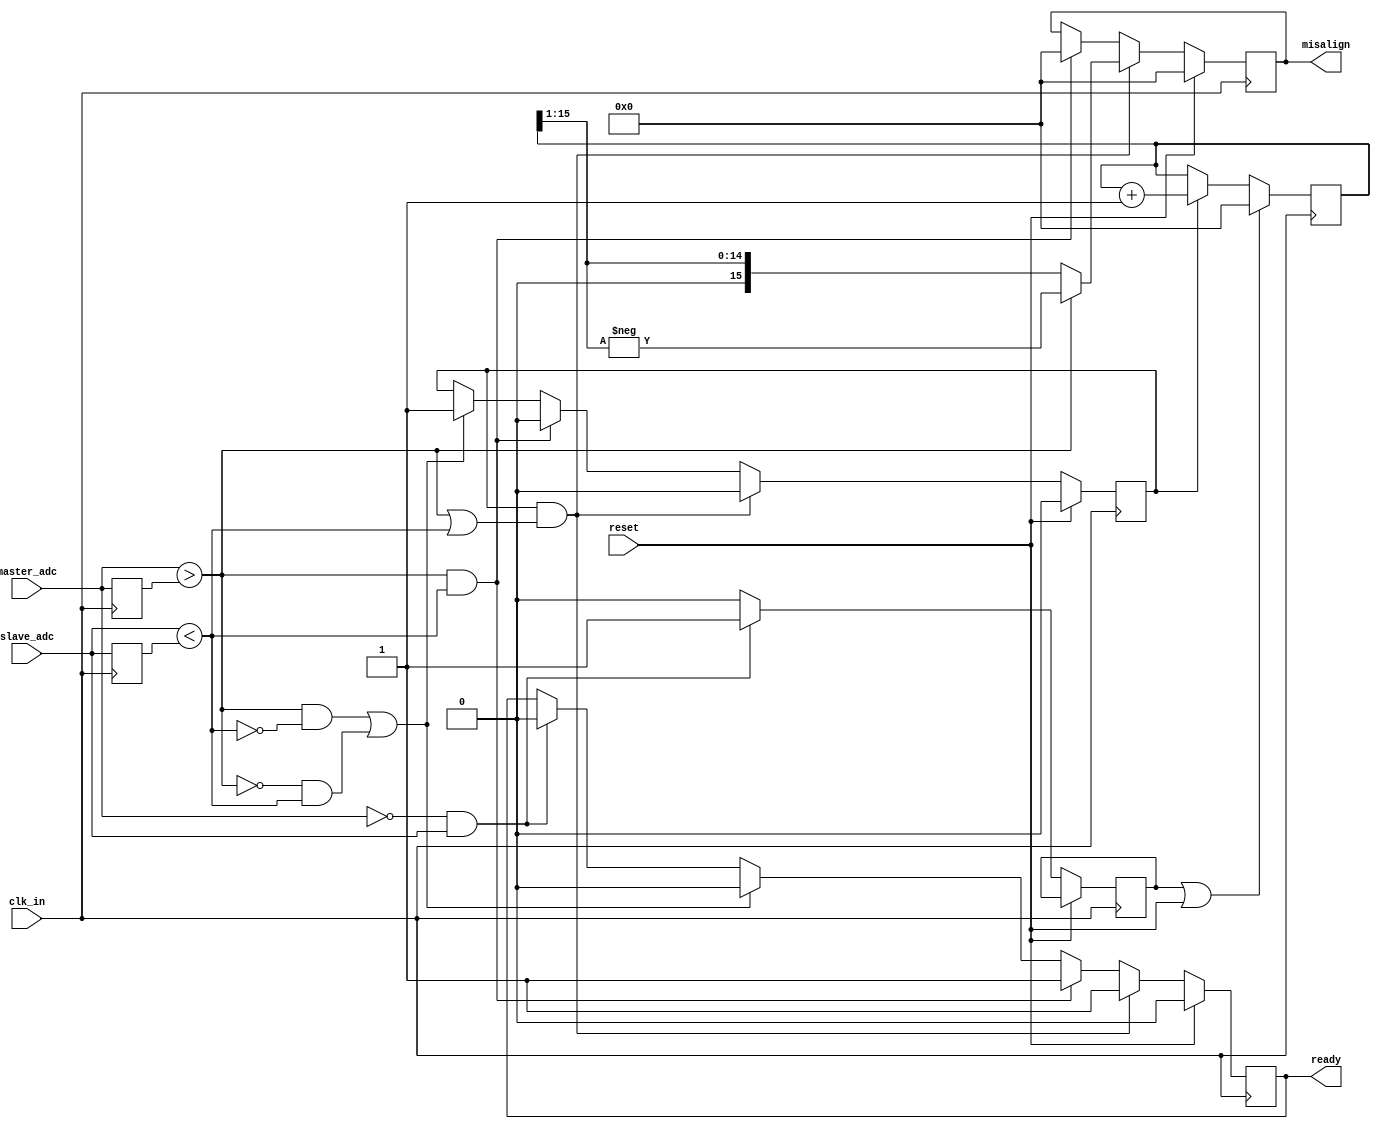
module control_unit(
 input wire clk_in,
 input wire reset,
 input wire master_adc,
 input wire slave_adc,
 output reg [15:0] misalign,
 output reg ready);

  reg [15:0] cnt;
  reg cnt_en, cnt_reset;
  reg master_adc_prev, slave_adc_prev;
  wire master_adc_r, slave_adc_f;
  assign master_adc_r = master_adc > master_adc_prev;
  assign slave_adc_f = slave_adc < slave_adc_prev;

  always @(posedge clk_in)
    begin
      master_adc_prev <= master_adc;
      slave_adc_prev <= slave_adc;
    end
  
  
  always @(posedge clk_in)
    begin
      if (reset)
        begin
          { ready, cnt_en } <= 2'b00;
          misalign <= 0;
        end 
      else 
        begin
          if ((master_adc == 1'b0) && (slave_adc == 1'b1))
          { ready, cnt_reset } <= 2'b01;
          else
            cnt_reset <= 1'b0;

          // Both are ON 
          if (master_adc_r && slave_adc_f)
            begin
              misalign <= 0;
              { ready, cnt_en } <= 2'b10;
            end
          else if ((master_adc_r && !slave_adc_f) || (!master_adc_r && slave_adc_f))
            begin
              { ready, cnt_en } <= 2'b01;
            end

          if ((cnt_en == 1'b1) && (master_adc_r || slave_adc_f))
            begin
              { ready, cnt_en } <= 2'b10;
              misalign <= master_adc_r ? (-(cnt>>1)) : (cnt>>1);
            end
        end
    end

  always @(posedge clk_in) /* counter */
    if ((cnt_reset) || (reset))
      cnt <= 0;
  else if (cnt_en)
    cnt <= cnt + 1;

endmodule



module slave_module(
  input wire rst_FSM,
  input wire pix_clk, 
  input wire end_adc, 
  inout wire feedback_master, 
  output reg rst_cam, 
  output reg sample_cam);
	  
  // delay variables 25ns for each pulse
  reg [5:0] delay_counter;
  parameter us1_delay = 6'd4; //40
  parameter us2_delay = 6'd8; //40
  
  // Control variables for module
  reg write;
  reg sample_eligible, sample_rcv;
  
  // Sample State var and params
  reg [1:0] sample_state;
  parameter wait_rst = 2'b00, send_sample = 2'b01, recv_adc = 2'b10;
  
  // Sample Integration var and params
  reg [1:0] integration_state;
  parameter send_rst = 2'b00, wait_8 = 2'b01, wait_high_sample = 2'b10, wait_low_sample = 2'b11;
  
  assign feedback_master = (write) ? 1'b0 : 1'bz;
  
  
  // Sample FSM
  always @ (posedge pix_clk)
    begin
      if (rst_FSM)
        begin
          $display("verytime");
          write <= 0;
          sample_eligible <= 0;
          sample_rcv <= 0;

          delay_counter <= 0;

          sample_state <= wait_rst;
          sample_cam <= 0;

          integration_state <= send_rst;
          rst_cam <= 0;
        end 
      else 
        begin
          case(sample_state)
            wait_rst:
              begin
                if (sample_eligible && end_adc)
                  begin
                    sample_state <= send_sample;
                    sample_eligible <= 0;
                    write <= 1;
                  end
              end
            send_sample:
              begin
                //             write <= 0;
                if (delay_counter==us1_delay)
                  begin
                    sample_state <= recv_adc;
                    delay_counter <= 6'd0;
                    sample_cam <= 0;
                    sample_rcv<=0;
                  end
                else if (write == 1)
                  write <= 0;
                else if (!feedback_master||sample_rcv)
                  begin
                    sample_cam <= 1;
                    delay_counter <= delay_counter + 1;
                    sample_rcv<=1;
                  end

              end
            recv_adc:
              begin
                if(!end_adc)
                  sample_state <= wait_rst;
              end
            default: sample_state <= wait_rst;
          endcase  
        end
    end
  
  
  // Rst FSM
  always @ (posedge pix_clk)
    begin
      if(!rst_FSM)
        begin
          case(integration_state)
            send_rst:
              begin
                if (delay_counter==us2_delay)
                  begin
                    integration_state <= wait_8;
                    delay_counter<= 6'd0;
                    rst_cam <= 0;
                  end
                else
                  begin
                    rst_cam <= 1;
                    delay_counter <= delay_counter + 1;
                  end
              end

            wait_8:
              begin
                if (delay_counter==8)
                  begin
                    integration_state <= wait_high_sample;
                    delay_counter <= 6'd0;
                    sample_eligible <= 1;
                  end
                else
                  begin
                    delay_counter <= delay_counter + 1;
                  end
              end

            wait_high_sample:
              begin
                if (sample_cam)
                  integration_state <= wait_low_sample;
              end
            wait_low_sample:
              begin
                if(!sample_cam)
                  begin
                    if (delay_counter==7)
                      begin
                        integration_state <= send_rst;
                        delay_counter <= 6'd0;
                      end
                    else
                      begin
                        delay_counter <= delay_counter + 1;
                      end
                  end
              end

            default: integration_state <= send_rst;
          endcase 
        end
    end
endmodule


module master_module(
  input wire rst_FSM,
  input wire pix_clk, 
  input wire end_adc, 
  input wire [7:0] mismatch_delay, 
  input wire ready, 
  inout wire control_slave, 
  output reg rst_cam, 
  output reg sample_cam,
  output reg rst_cu);
  
  // delay variables 25ns for each pulse
  reg [8:0] delay_counter;
  parameter us1_delay = 6'd4; //40
  parameter us2_delay = 6'd8; //40
  
  // Control variables for module
  reg write;
  reg sample_eligible;
  reg [7:0] align_delay;
  reg first_cycle;
  
  // Sample State var and params
  reg [1:0] sample_state;
  parameter wait_rst = 2'b00, send_sample = 2'b01, recv_adc = 2'b10;
  
  // Sample Integration var and params
  reg [1:0] integration_state;
  parameter send_rst = 2'b00, wait_8 = 2'b01, wait_high_sample = 2'b10, wait_low_sample = 2'b11;
  
  assign control_slave = (write) ? 1'b0 : 1'bz;
  
  // Sample FSM
  always @ (posedge pix_clk)
    begin
      if (rst_FSM)
        begin
          $display("verytime");
          write = 0;
          sample_eligible = 0;

          delay_counter= 8'd0;

          sample_state = wait_rst;
          sample_cam = 0;

          integration_state = send_rst;
          rst_cam = 0;
          rst_cu = 0;

          first_cycle = 1;
        end 
      else
        begin
          case(sample_state)
            wait_rst:
              begin
                if (sample_eligible && end_adc && (ready||first_cycle))
                  begin
                    sample_state <= send_sample;
                    sample_eligible <= 0;
                    align_delay <= first_cycle? 7'd0 : mismatch_delay;
                    rst_cu <= 1;
                    first_cycle <= 0;
                    //                 store_slave_adc <=0;
                  end
              end
            send_sample:
              begin
                if (delay_counter == align_delay + 1) // +1 -> due to sampling @ slave of sample command from master
                  sample_cam <= 1;

                if (delay_counter==us1_delay + align_delay + 1) // Turn off master pulse
                  begin 
                    sample_state <= recv_adc;
                    delay_counter <= 6'd0;
                    //                 write = 0;
                    sample_cam <= 0;
                  end
                else
                  begin
                    if (delay_counter >= us1_delay)
                      write <= 0;
                    else
                      write <= 1;
                    //                 sample_cam <= 1;
                    delay_counter <= delay_counter + 1;
                  end
              end
            recv_adc:
              begin
                if(!end_adc)
                  begin
                    sample_state <= wait_rst;
                    rst_cu <= 0;
                  end
              end
            default: sample_state <= wait_rst;
          endcase 
        end
    end
  
  
  // Rst FSM
  always @ (posedge pix_clk)
    begin
      if (!rst_FSM)
        begin
          case(integration_state)
            send_rst:
              begin
                if (delay_counter==us2_delay)
                  begin
                    integration_state <= wait_8;
                    delay_counter<= 6'd0;
                    rst_cam <= 0;
                  end
                else
                  begin
                    rst_cam <= 1;
                    delay_counter <= delay_counter + 1;
                  end
              end

            wait_8:
              begin
                if (delay_counter==8)
                  begin
                    integration_state <= wait_high_sample;
                    delay_counter <= 6'd0;
                    sample_eligible <= 1;
                  end
                else
                  begin
                    delay_counter <= delay_counter + 1;
                  end
              end

            wait_high_sample:
              begin
                if (sample_cam)
                  integration_state <= wait_low_sample;
              end
            wait_low_sample:
              begin
                if(!sample_cam)
                  begin
                    if (delay_counter==7)
                      begin
                        integration_state <= send_rst;
                        delay_counter <= 6'd0;
                      end
                    else
                      begin
                        delay_counter <= delay_counter + 1;
                      end
                  end
              end

            default: integration_state <= send_rst;
          endcase 
        end
    end
endmodule